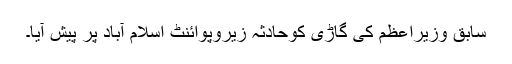
سابق وزیراعظم کی گاڑی کوحادثہ زیروپوائنٹ اسلام آباد پر پیش آیا۔